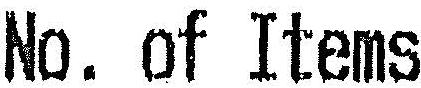
NO. OF ITEMS